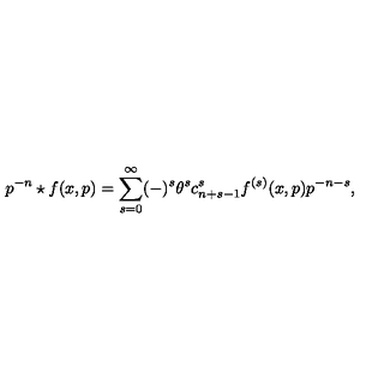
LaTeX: p ^ { - n } \star f ( x , p ) = \sum _ { s = 0 } ^ { \infty } ( - ) ^ { s } \theta ^ { s } c _ { n + s - 1 } ^ { s } f ^ { ( s ) } ( x , p ) p ^ { - n - s } ,